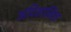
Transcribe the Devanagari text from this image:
आदिशामिल